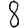
Digit: 8